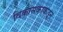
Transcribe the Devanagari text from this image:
विकासकाकडून